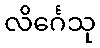
လိင်္ဂေသု